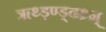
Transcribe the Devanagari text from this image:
ॠथ्ड़ण्ड्ढथ्र्न्र्